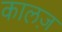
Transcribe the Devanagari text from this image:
कालज़